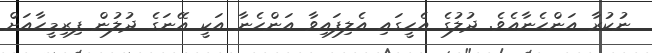
ނުކުރާ އަންހެނާއެވެ. ދުލުގެ އެހީގައި އެލިފައިވާ އަންހެނާ އަކީ އޭނަގެ ދުލުން ފިރިމީހާއަށް